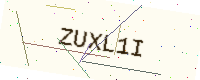
Text: ZUXL1I